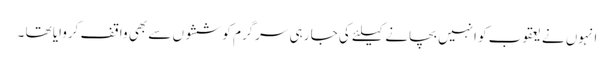
انہوں نے یعقوب کو انہیں بچانے کیلئے کی جا رہی سرگرم کوششوں سے بھی واقف کروایا تھا ۔